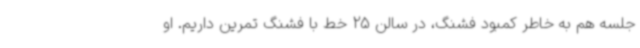
جلسه هم به خاطر کمبود فشنگ، در سالن 25 خط با فشنگ تمرین داریم. او